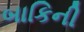
બાકિની